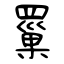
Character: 罺